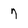
Character: 7